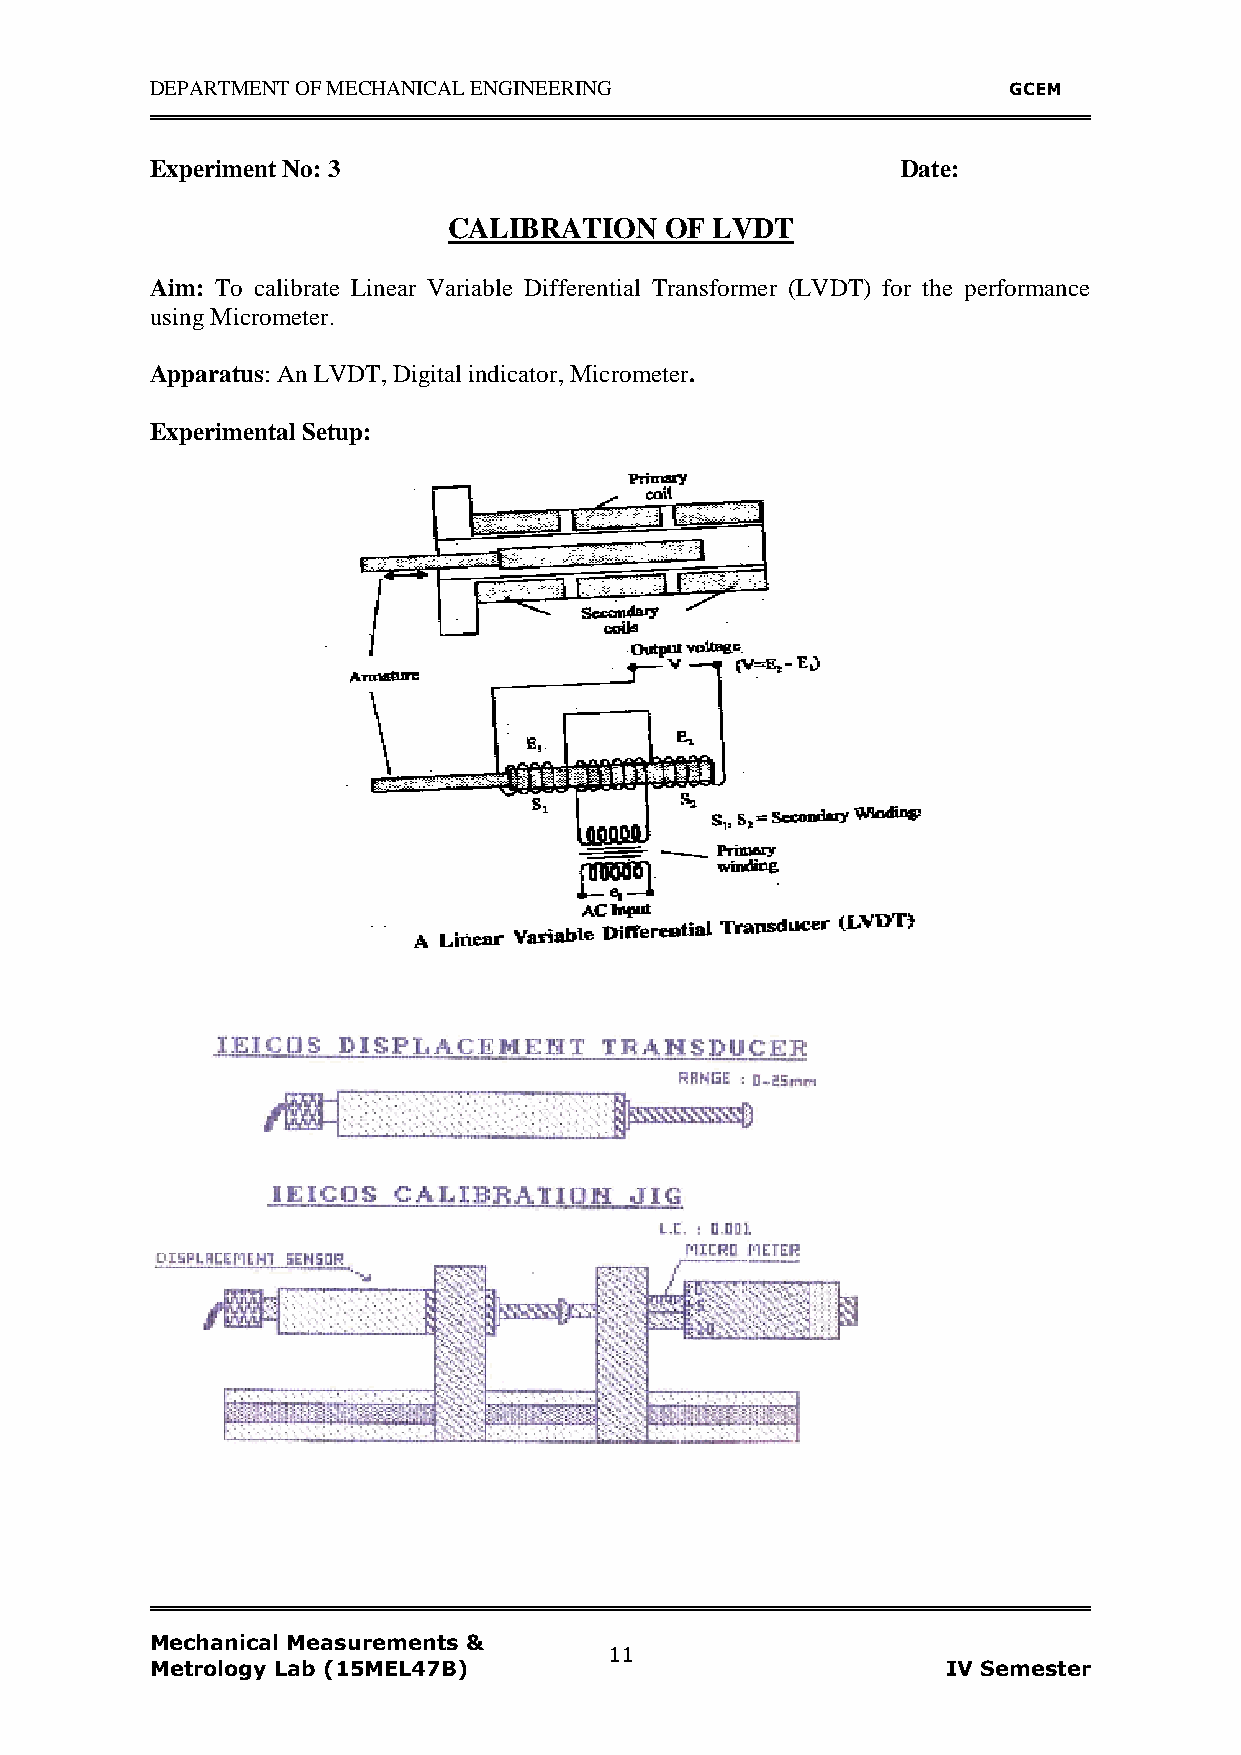
DEPARTMENT OF MECHANICAL ENGINEERING                     GCEM
 Experiment No: 3                                  Date:
 CALIBRATION   OF LVDT
 Aim: To calibrate Linear Variable Differential Transformer (LVDT) for the performance
 using Micrometer.
 Apparatus: An LVDT, Digital indicator, Micrometer.
 Experimental Setup:
 (())
 Mechanical Measurements &
 11
 Metrology Lab (15MEL47B)                             IV Semester